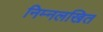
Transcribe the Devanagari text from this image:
निम्नलखित